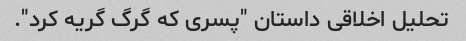
تحلیل اخلاقی داستان "پسری که گرگ گریه کرد".